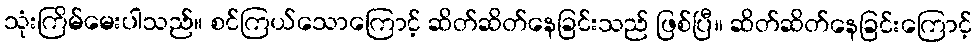
သုံးကြိမ်မေးပါသည်။ စင်ကြယ်သောကြောင့် ဆိတ်ဆိတ်နေခြင်းသည် ဖြစ်ပြီ။ ဆိတ်ဆိတ်နေခြင်းကြောင့်